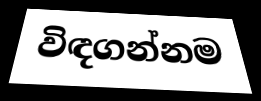
විඳගන්නම